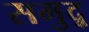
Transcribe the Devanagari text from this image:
समुद्र्